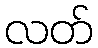
လတ်